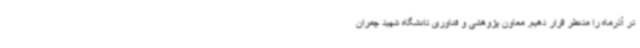
در آذرماه را مدنظر قرار دهیم. معاون پژوهشی و فناوری دانشگاه شهید چمران